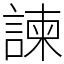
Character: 諫